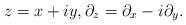
LaTeX: \begin{align*}z = x+iy, \partial_{z} = \partial_{x} - i\partial_{y}.\end{align*}